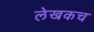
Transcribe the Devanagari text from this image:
लेखकच